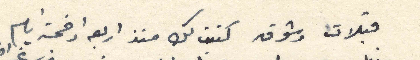
قبلات وشوق كتبت لك منذ اربعة او خمسة ايام